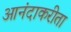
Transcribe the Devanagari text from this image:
आनंदाकरीता